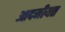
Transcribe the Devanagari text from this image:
आदमीयत